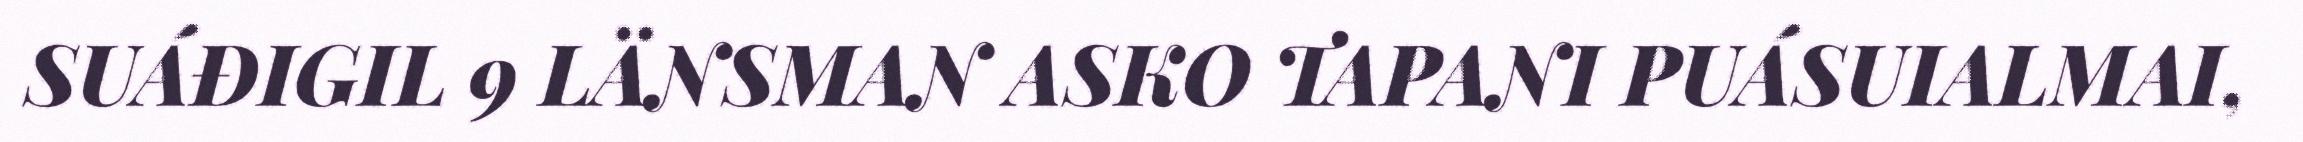
SUÁĐIGIL 9 LÄNSMAN ASKO TAPANI PUÁSUIALMAI,